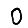
Digit: 0